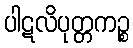
ပါဋလိပုတ္တကဉ္စ